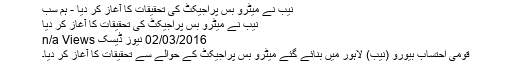
نیب نے میٹرو بس پراجیکٹ کی تحقیقات کا آغاز کر دیا - ہم سب
نیب نے میٹرو بس پراجیکٹ کی تحقیقات کا آغاز کر دیا
02/03/2016 نیوز ڈیسک n/a Views
قومی احتساب بیورو (نیب) لاہور میں بنائے گئے میٹرو بس پراجیکٹ کے حوالے سے تحقیقات کا آغاز کر دیا۔